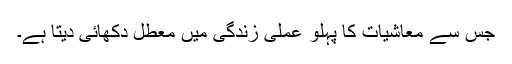
جس سے معاشیات کا پہلو عملی زندگی میں معطل دکھائی دیتا ہے۔